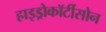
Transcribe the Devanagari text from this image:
हाइड्रोकॉर्टीसोन